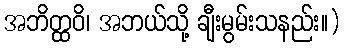
အဘိတ္ထဝိ၊ အဘယ်သို့ ချီးမွမ်းသနည်း။)